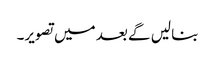
بنا لیں گے بعد میں تصویر۔